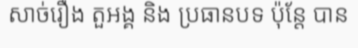
សាច់រឿង តួអង្គ និង ប្រធានបទ ប៉ុន្តែ បាន